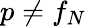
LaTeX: p\neq f_{N}